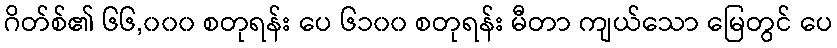
ဂိတ်စ်၏ ၆၆,၀၀၀ စတုရန်း ပေ ၆၁၀၀ စတုရန်း မီတာ ကျယ်သော မြေတွင် ပေ